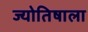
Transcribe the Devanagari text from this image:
ज्योतिषाला